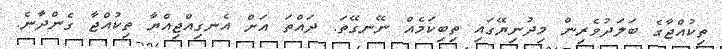
ތިކުއްޖާގެ ބަލަދުވެރިން މިދުނިޔޭގައި ތިބިކަމެއް ނޭނގޭތަ. ދައްތަ އަށް އެނގިއްޖިއްޔާ ތިކުއްޖާ ގެންދާނެ.